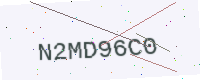
Text: N2MD96C0